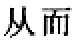
从而